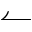
\leftharpoonup